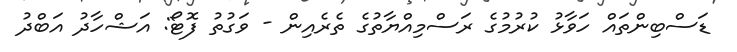
ޑަސްބިންތައް ހަވާޅު ކުރުމުގެ ރަސްމިއްޔާތުގެ ތެރެއިން - ވަގުތު ފޮޓޯ: އަޝްހާދު އަބްދު